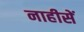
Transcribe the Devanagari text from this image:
नाहीसें